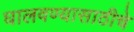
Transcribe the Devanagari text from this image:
घालवण्यासाठीचे